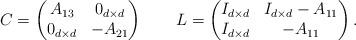
LaTeX: \begin{align*}C=\begin{pmatrix}A_{13} & 0_{d\times d}\\0_{d\times d} & -A_{21}\end{pmatrix}\ \ \ \ \ \ L=\begin{pmatrix}I_{d\times d} & I_{d\times d}-A_{11}\\I_{d\times d} & -A_{11}\end{pmatrix}.\end{align*}